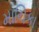
માચિકા